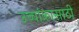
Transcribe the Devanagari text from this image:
उच्चांकासाठी